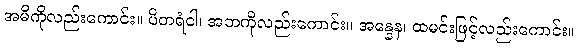
အမိကိုလည်းကောင်း။ ပိတရံဝါ၊ အဘကိုလည်းကောင်း။ အန္နေန၊ ထမင်းဖြင့်လည်းကောင်း။